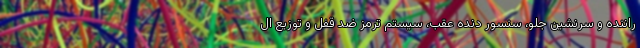
راننده و سرنشین جلو، سنسور دنده عقب، سیستم ترمز ضد قفل و توزیع ال